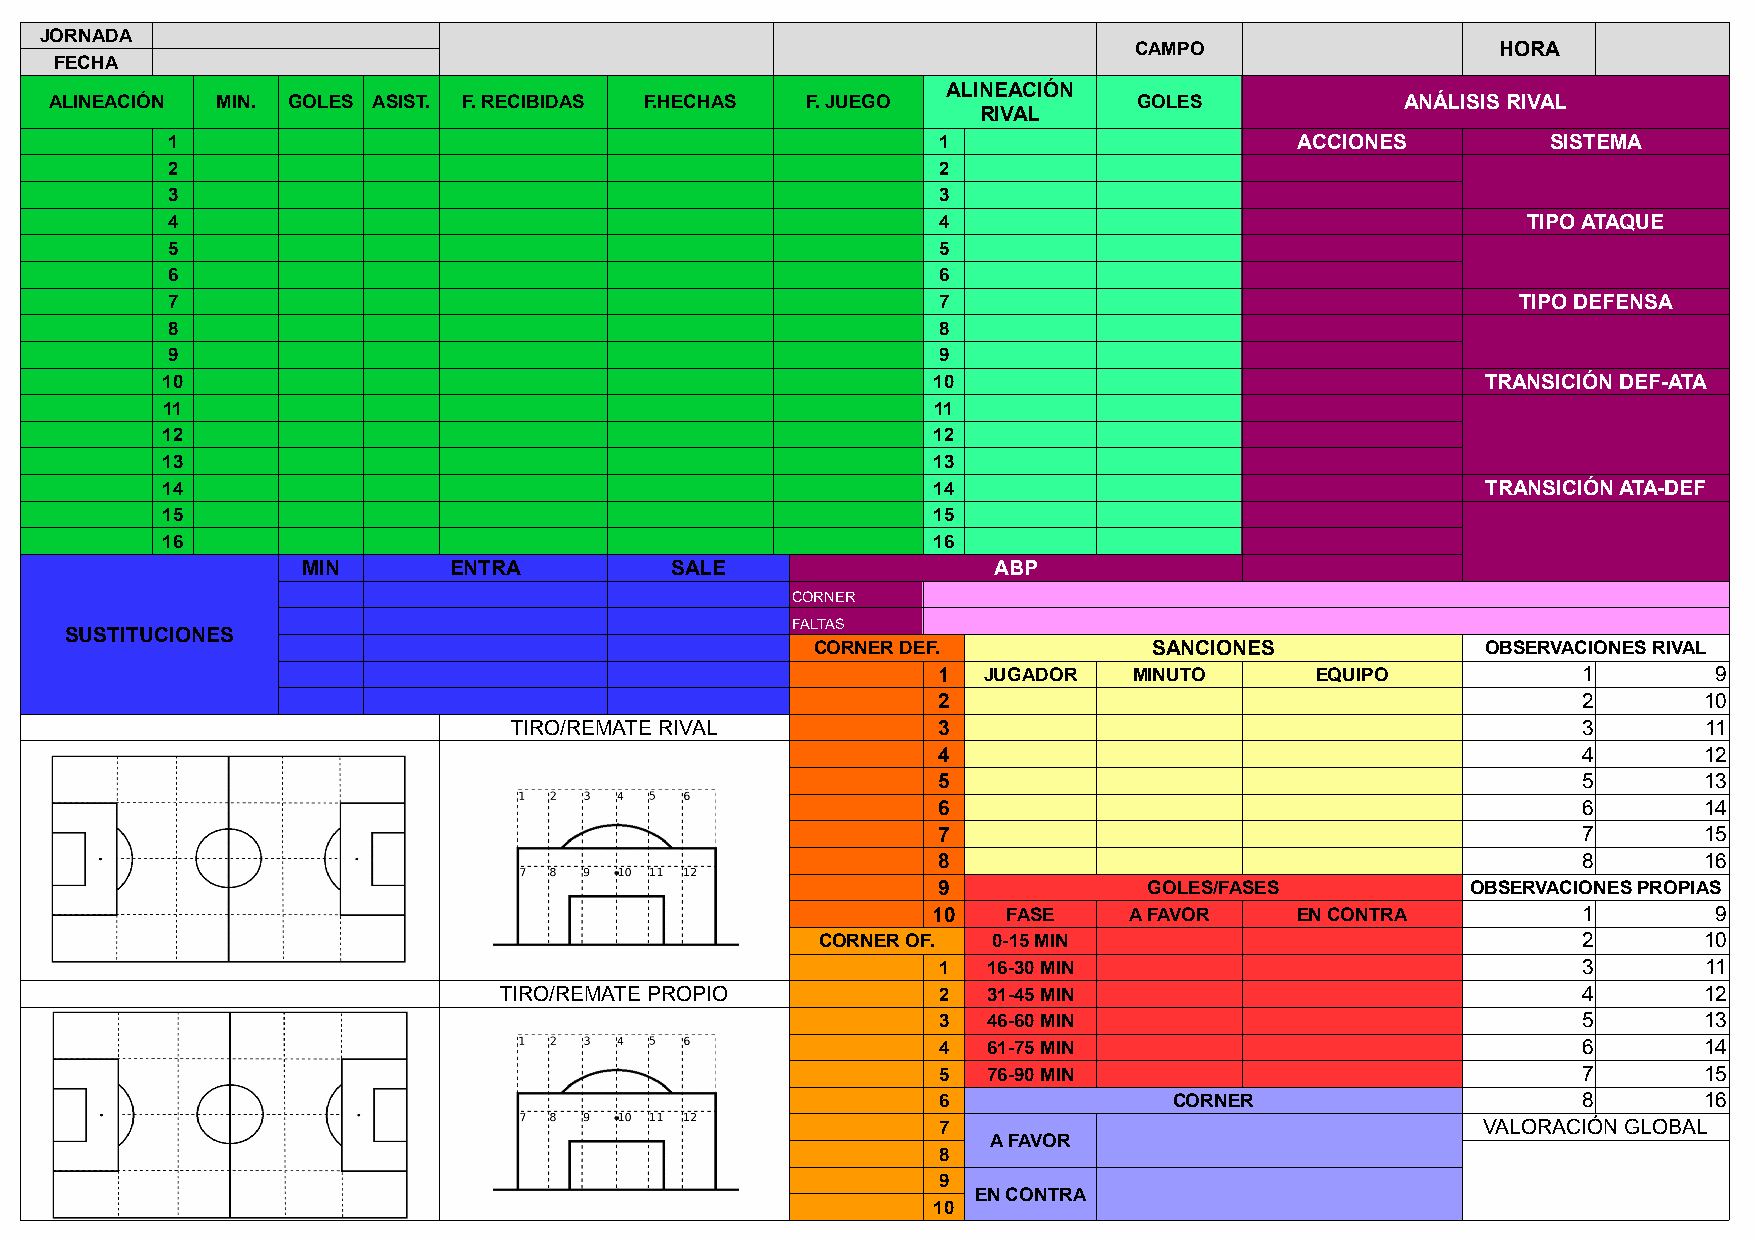
JORNADA
 CAMPO                   HORA
 FECHA
 ALINEACIÓN
 ALINEACIÓN MIN. GOLES ASIST. F. RECIBIDAS F.HECHAS F. JUEGO             GOLES             ANÁLISIS RIVAL
 RIVAL
 1                                                  1                       ACCIONES         SISTEMA
 2                                                  2
 3                                                  3
 4                                                  4                                      TIPO ATAQUE
 5                                                  5
 6                                                  6
 7                                                  7                                      TIPO DEFENSA
 8                                                  8
 9                                                  9
 10                                                 10                                  TRANSICIÓN DEF-ATA
 11                                                 11
 12                                                 12
 13                                                 13
 14                                                 14                                  TRANSICIÓN ATA-DEF
 15                                                 15
 16                                                 16
 MIN       ENTRA         SALE                  ABP
 CORNER
 FALTAS
 SUSTITUCIONES
 CORNER DEF.           SANCIONES             OBSERVACIONES RIVAL
 1  JUGADOR   MINUTO      EQUIPO            1        9
 2                                          2       10
 TIRO/REMATE RIVAL           3                                          3       11
 4                                          4       12
 5                                          5       13
 6                                          6       14
 7                                          7       15
 8                                          8       16
 9             GOLES/FASES          OBSERVACIONES PROPIAS
 10   FASE    A FAVOR    EN CONTRA          1        9
 CORNER OF.  0-15 MIN                               2       10
 1  16-30 MIN                               3       11
 TIRO/REMATE PROPIO           2  31-45 MIN                               4       12
 3  46-60 MIN                               5       13
 4  61-75 MIN                               6       14
 5  76-90 MIN                               7       15
 6               CORNER                     8       16
 7                                   VALORACIÓN GLOBAL
 A FAVOR
 8
 9
 EN CONTRA
 10